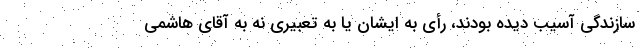
سازندگی آسیب دیده بودند، رأی به ایشان یا به تعبیری نه به آقای هاشمی